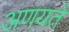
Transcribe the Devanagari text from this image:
अणयते